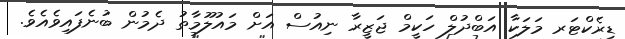
ޑިރެކްޓަރ މަލަކާ އަބްދުލް ހަކީމް ޖަޒީރާ ނިއުސް އަށް މައުލޫމާތު ދެމުން ބުނެފައިވެއެވެ.